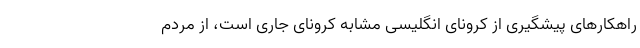
راهکارهای پیشگیری از کرونای انگلیسی مشابه کرونای جاری است، از مردم